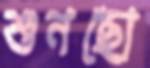
শুনছো